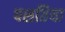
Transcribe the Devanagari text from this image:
पशतिया